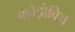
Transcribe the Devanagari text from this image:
क्नेझेविच